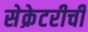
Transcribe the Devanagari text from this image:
सेक्रेटरीची